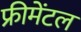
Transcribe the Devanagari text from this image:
फ्रीमेंटल